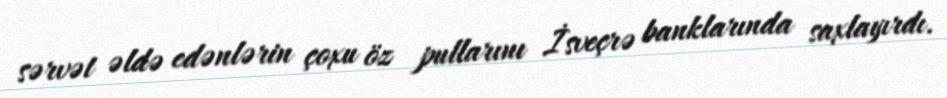
sərvət əldə edənlərin çoxu öz pullarını İsveçrə banklarında saxlayırdı.